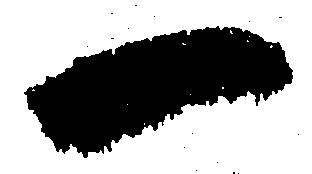
一